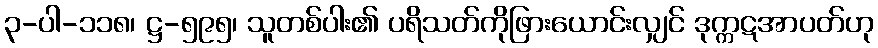
၃-ပါ-၁၁၈၊ ဋ္ဌ-၅၉၅၊ သူတစ်ပါး၏ ပရိသတ်ကိုဖြားယောင်းလျှင် ဒုက္ကဋအာပတ်ဟု